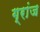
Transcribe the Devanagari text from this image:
ग्रांज